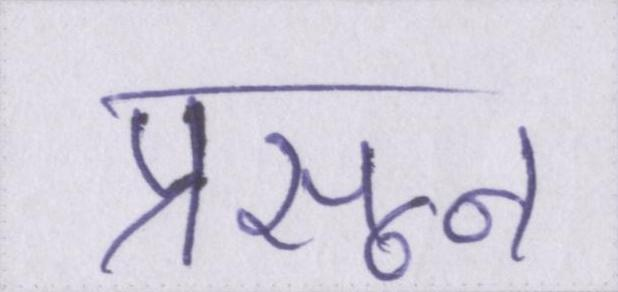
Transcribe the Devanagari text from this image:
प्रसून